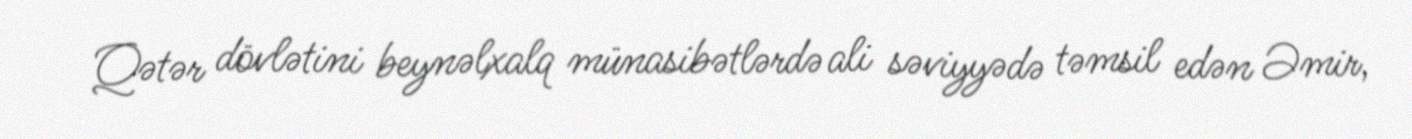
Qətər dövlətini beynəlxalq münasibətlərdə ali səviyyədə təmsil edən Əmir,